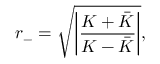
r _ { - } = \sqrt { \left| \frac { K + \bar { K } } { K - \bar { K } } \right| } ,